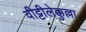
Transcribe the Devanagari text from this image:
वीट्टीलेक्कुल्ला